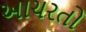
આચરતો